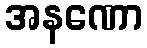
အနဏော